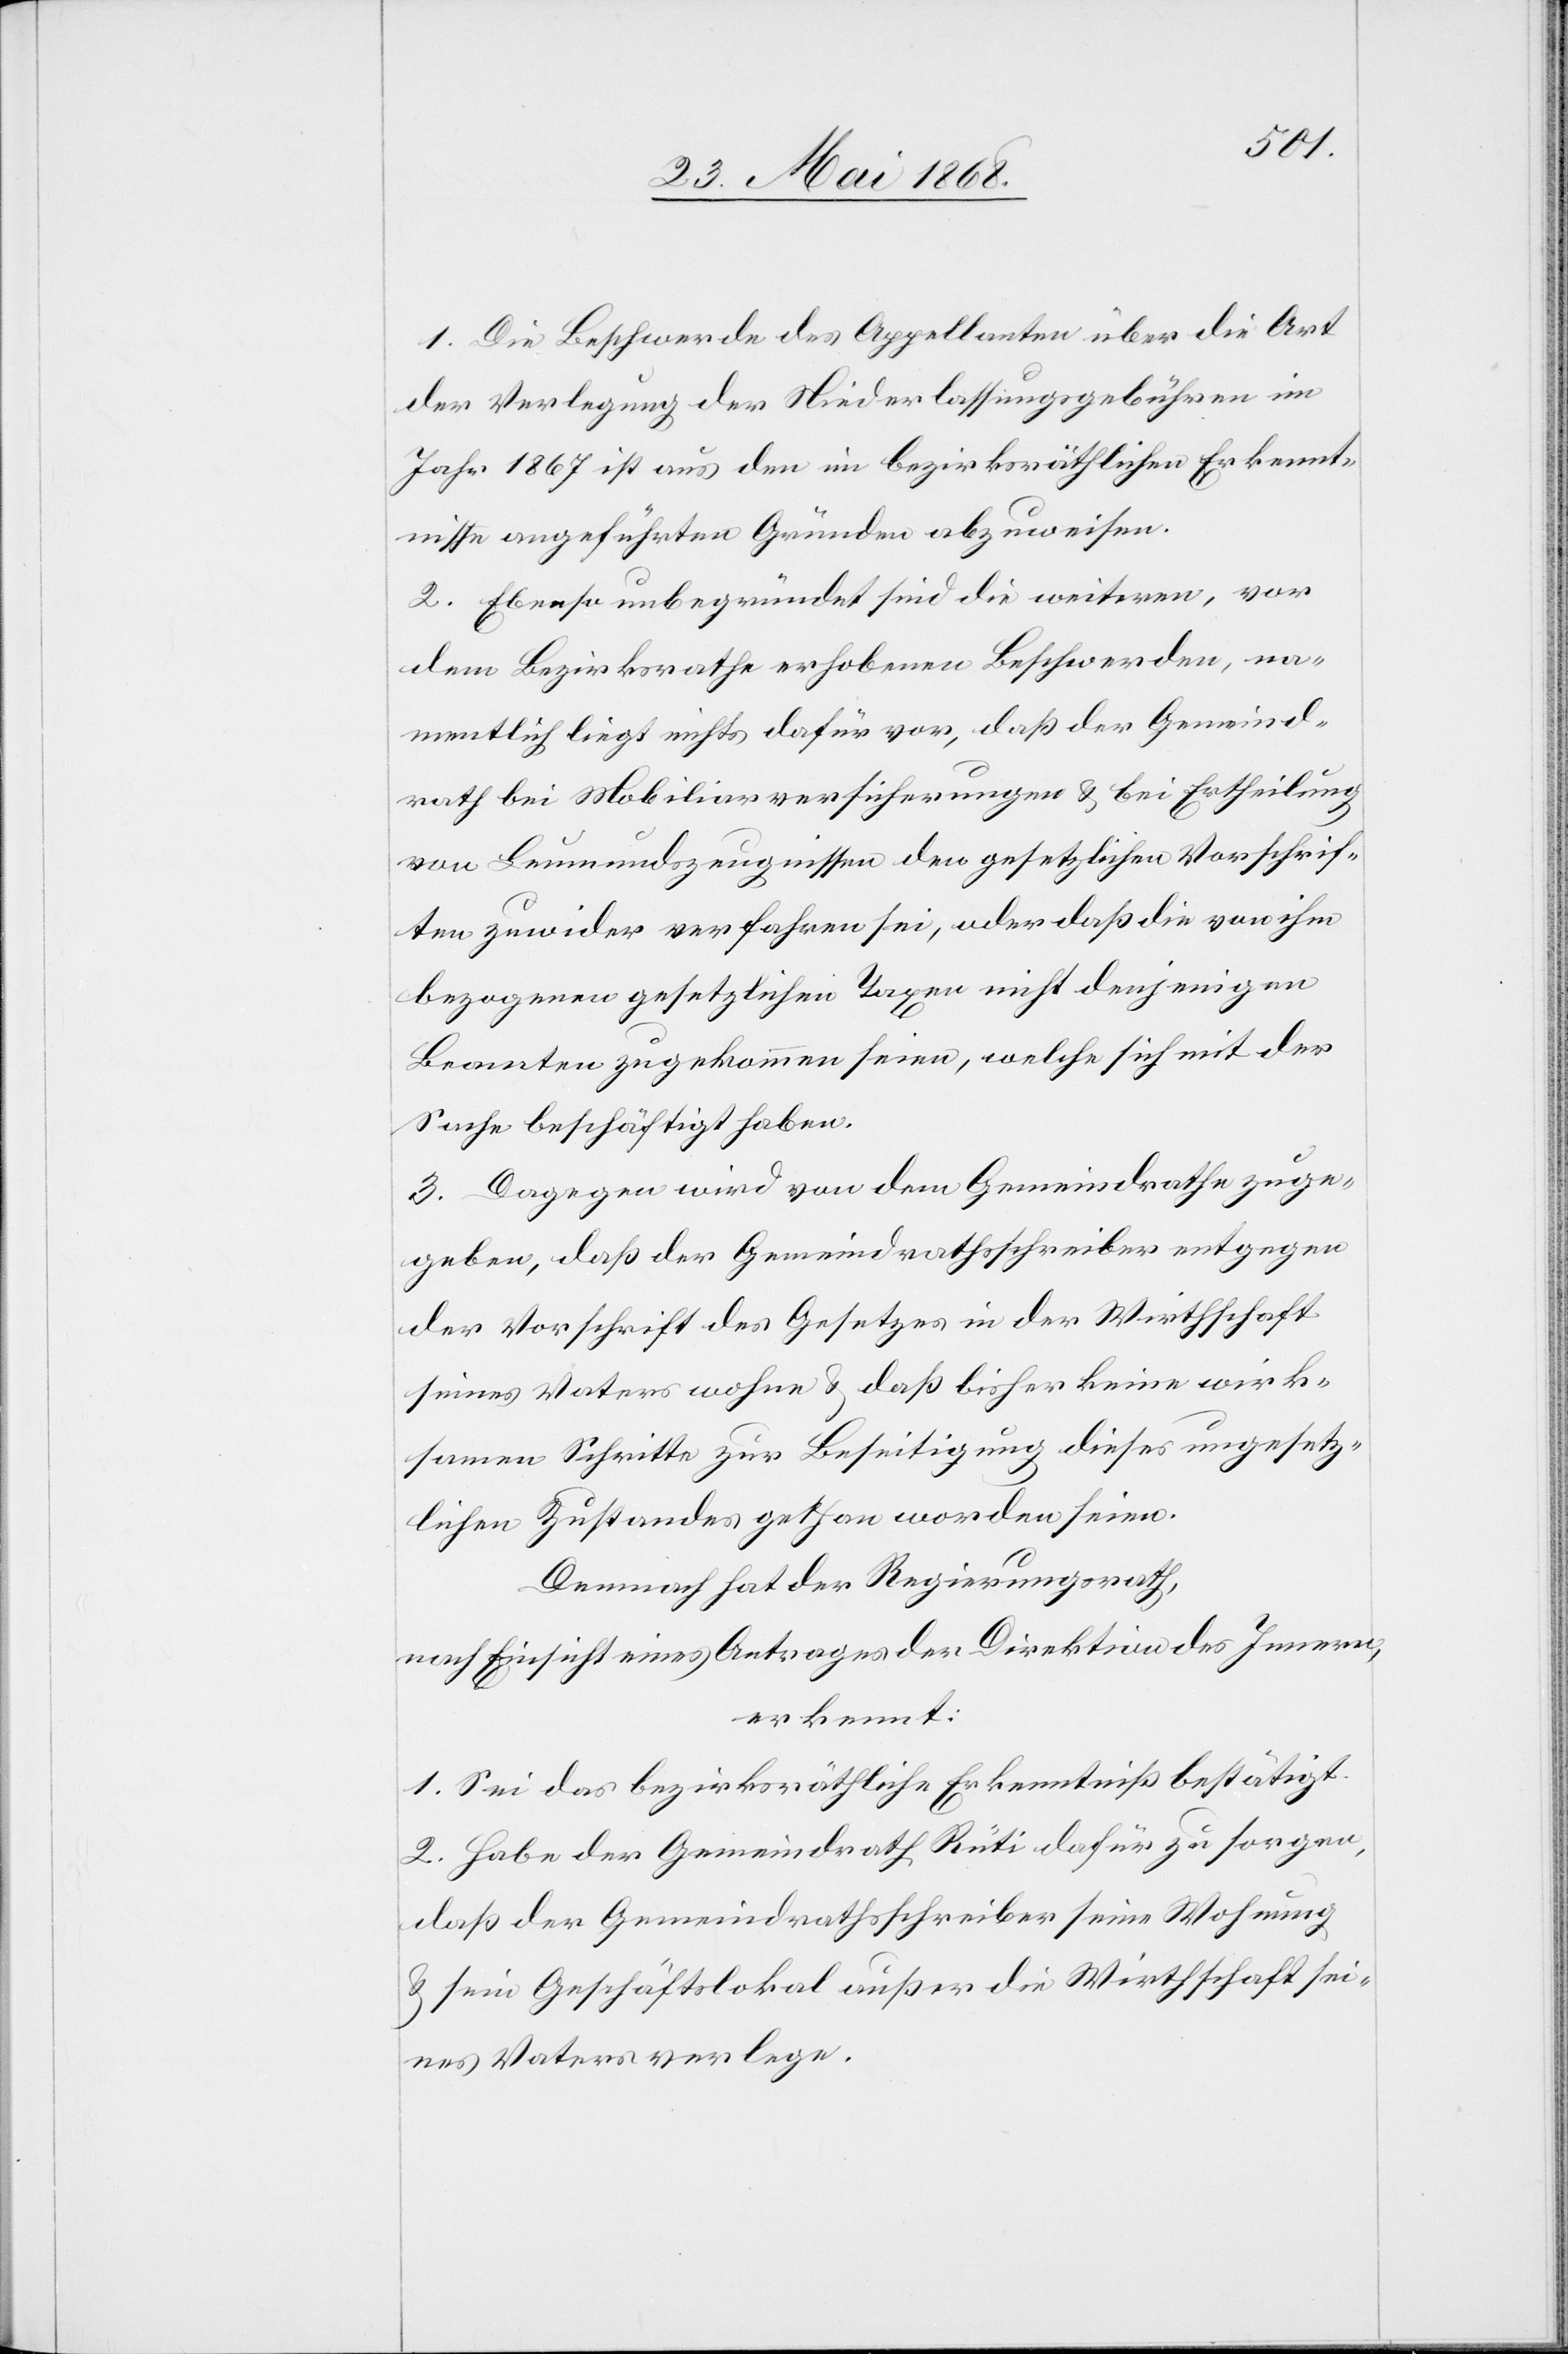
1. Die Beschwerde des Appellanten über die Art
der Verlegung der Niederlassungsgebühren im
Jahr 1867 ist aus den im bezirksräthlichen Erkennt¬
nisse angeführten Gründen abzuweisen.
2. Ebenso unbegründet sind die weiteren, vor
dem Bezirksrathe erhobenen Beschwerden, na¬
mentlich liegt nichts dafür vor, daß der Gemeind¬
rath bei Mobiliarversicherungen & bei Ertheilung
von Leumundszeugnissen den gesetzlichen Vorschrif¬
ten zuwider verfahren sei, oder daß die von ihm
bezogenen gesetzlichen Taxen nicht denjenigen
Beamten zugekommen seien, welche sich mit der
Sache beschäftigt haben.
3. Dagegen wird von dem Gemeindrathe zuge¬
geben, daß der Gemeindrathsschreiber entgegen
der Vorschrift des Gesetzes in der Wirthschaft
seines Vaters wohne & daß bisher keine wirk¬
samen Schritte zur Beseitigung dieses ungesetz¬
lichen Zustandes gethan worden seien.
Demnach hat der Regierungsrath,
nach Einsicht eines Antrages der Direktion des Innern,
erkennt:
1. Sei das bezirksräthliche Erkenntniß bestätigt.
2. Habe der Gemeindrath Rüti dafür zu sorgen,
daß der Gemeindrathsschreiber seine Wohnung
& sein Geschäftslokal außer die Wirthschaft sei¬
nes Vaters verlege.